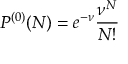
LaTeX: P ^ { ( 0 ) } ( N ) = e ^ { - \nu } \frac { \nu ^ { N } } { N ! }